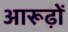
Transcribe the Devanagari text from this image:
आरूढ़ों